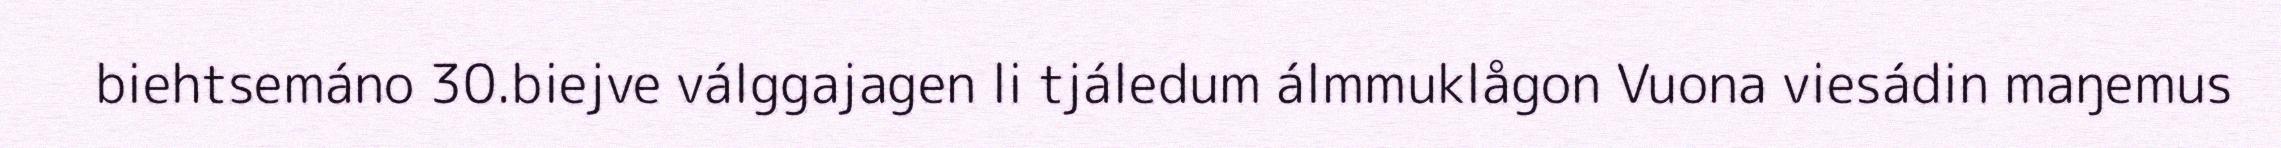
biehtsemáno 30.biejve válggajagen li tjáledum álmmuklågon Vuona viesádin maŋemus